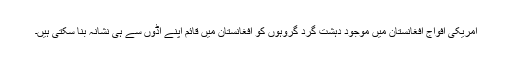
امریکی افواج افغانستان میں موجود دہشت گرد گروہوں کو افغانستان میں قائم اپنے اڈوں سے ہی نشانہ بنا سکتی ہیں۔